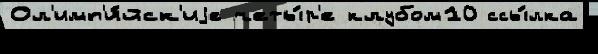
Ол'имп'и́йск'иjе четы́р'е клубом10 ссы́лка